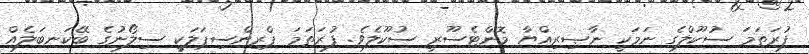
ފުރަތަމަ ސުކޫލްގެ ނަމަކީ ނާޞިރިއްޔާ މޮންޓެސޫރީ ސުކޫލެވެ. ފުރަތަމަ ޕްރިންސިޕަލަކީ ސިލޯނުގެ ބޭކަނބަލެއް